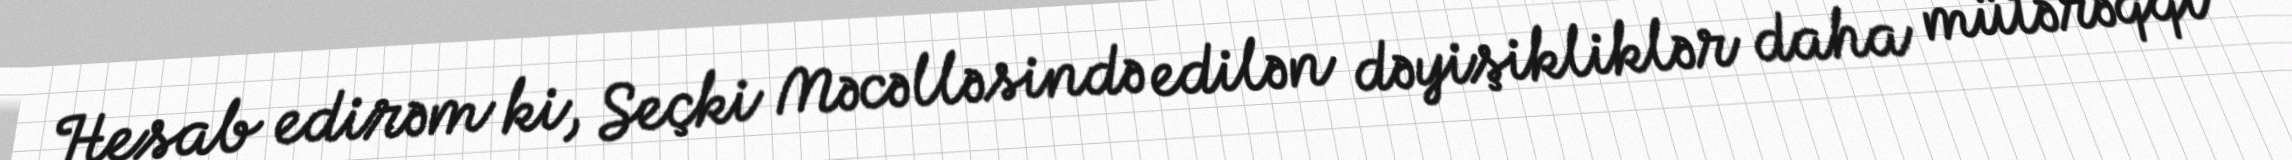
Hesab edirəm ki, Seçki Məcəlləsində edilən dəyişikliklər daha mütərəqqi